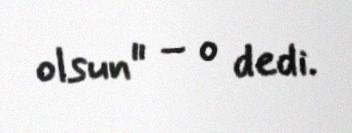
olsun" – o dedi.